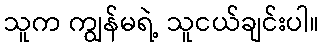
သူက ကျွန်မရဲ့ သူငယ်ချင်းပါ။